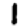
Digit: 1